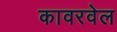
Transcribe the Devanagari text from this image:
कावरवेल